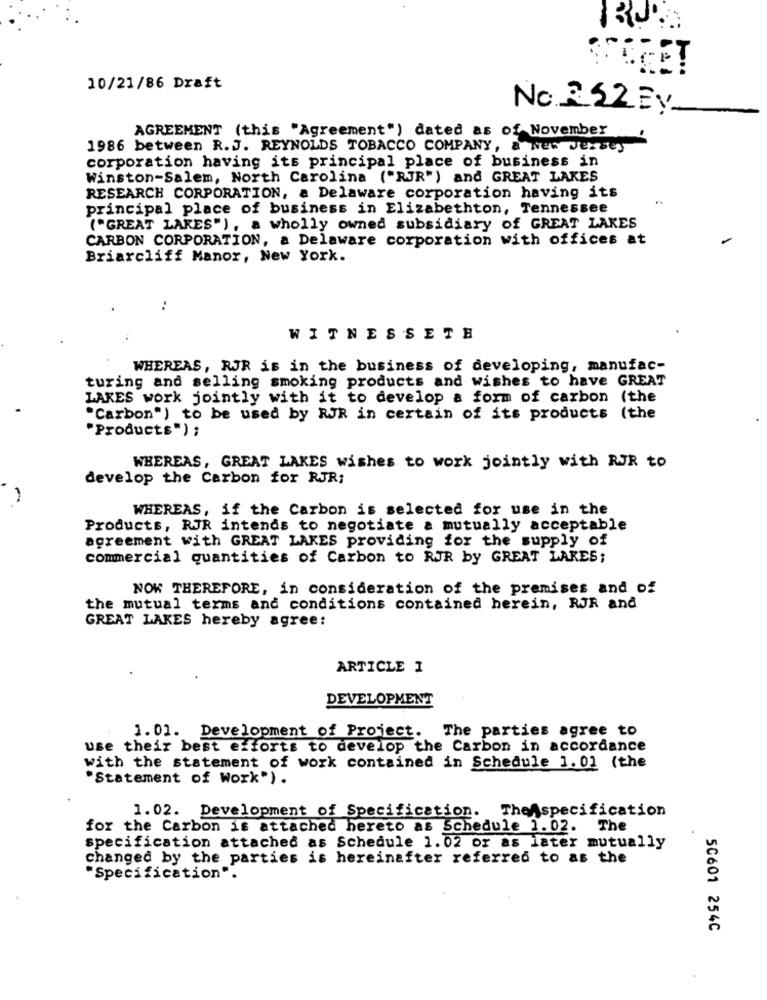
10/21/86 Draft
No. 252 By
AGREEMENT (this "Agreement") dated as of November
1986 between R.J. REYNOLDS TOBACCO COMPANY, a New Jersey
corporation having its principal place of business in
Winston-Salem, North Carolina ("RJR") and GREAT LAKES
RESEARCH CORPORATION, a Delaware corporation having its
principal place of business in Elizabethton, Tennessee
("GREAT LAKES"), a wholly owned subsidiary of GREAT LAKES
CARBON CORPORATION, a Delaware corporation with offices at
Briarcliff Manor, New York.
..
WITNESSETH
WHEREAS, RJR is in the business of developing, manufac-
turing and selling smoking products and wishes to have GREAT
LAKES work jointly with it to develop a form of carbon (the
"Carbon") to be used by RJR in certain of its products (the
"Products") ;
WHEREAS, GREAT LAKES wishes to work jointly with RJR to
develop the Carbon for RJR;
WHEREAS, if the Carbon is selected for use in the
Products, RJR intends to negotiate a mutually acceptable
agreement with GREAT LAKES providing for the supply of
commercial quantities of Carbon to RJR by GREAT LAKES;
NOK THEREFORE, in consideration of the premises and of
the mutual terms and conditions contained herein, RJR and
GREAT LAKES hereby agree:
ARTICLE 1
DEVELOPMENT
The parties agree to
1.01. Development of Project.
use their best efforts to develop the Carbon in accordance
with the statement of work contained in Schedule 1. 01 (the
"Statement of Work").
1.02. Development of Specification. TheAspecification
for the Carbon is attached hereto as Schedule 1.02. The
specification attached as Schedule 1.02 or as later mutually
changed by the parties is hereinafter referred to as the
"Specification".
50601 254C